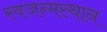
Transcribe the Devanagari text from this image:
स्वजन्मस्थान